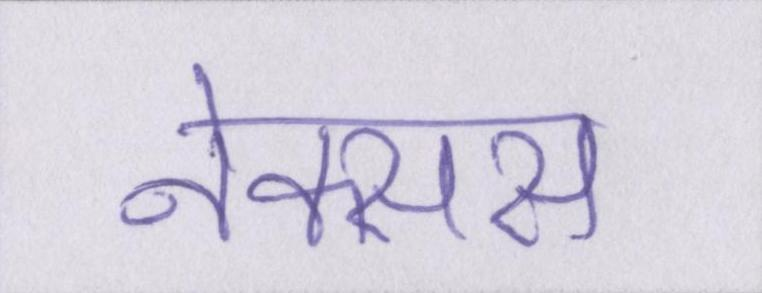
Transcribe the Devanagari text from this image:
नेक्सस